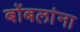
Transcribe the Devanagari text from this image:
बोंबलांना